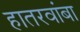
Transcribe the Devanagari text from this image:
हातरवांबा